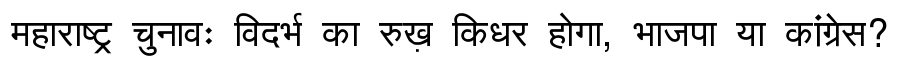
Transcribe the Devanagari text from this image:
महाराष्ट्र चुनावः विदर्भ का रुख़ किधर होगा, भाजपा या कांग्रेस?